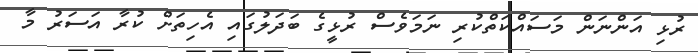
ރުޅި އަންނަން މަސައްކަތްކުރި ނަމަވެސް ރުޅީގެ ބަދަލުގައި އެހިތަށް ކުރާ އަސަރު މާ